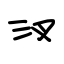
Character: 汊